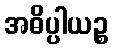
အဓိပ္ပါယဉ္စ